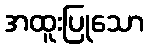
အထူးပြုသော